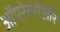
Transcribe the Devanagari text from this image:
ऑपरेटरोंऔर